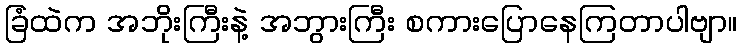
ခြံထဲက အဘိုးကြီးနဲ့ အဘွားကြီး စကားပြောနေကြတာပါဗျာ။